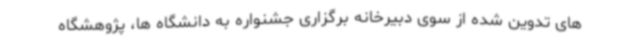
های تدوین شده از سوی دبیرخانه برگزاری جشنواره به دانشگاه ها، پژوهشگاه